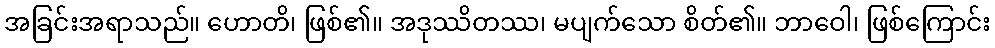
အခြင်းအရာသည်။ ဟောတိ၊ ဖြစ်၏။ အဒုဿိတဿ၊ မပျက်သော စိတ်၏။ ဘာဝေါ၊ ဖြစ်ကြောင်း